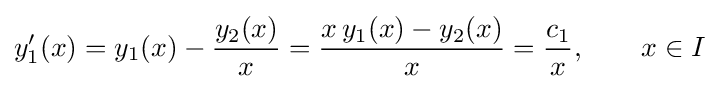
y'_{1}(x)=y_{1}(x)-{\frac {y_{2}(x)}{x}}={\frac {x\,y_{1}(x)-y_{2}(x)}{x}}={\frac {c_{1}}{x}},\qquad x\in I